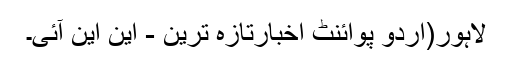
لاہور(اُردو پوائنٹ اخبارتازہ ترین - این این آئی۔